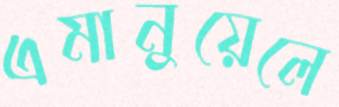
এমানুয়েলে